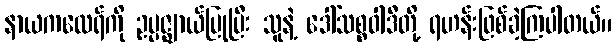
နာယကထေရ်ကို ဥပ္ပဇ္ဈာယ်ပြုပြီး သူနဲ့ ဒေါ်သစ္စဝါဒီတို့ ရဟန်းဖြစ်ခဲ့ကြပါတယ်။